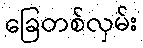
ခြေတစ်လှမ်း